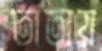
তাতায়